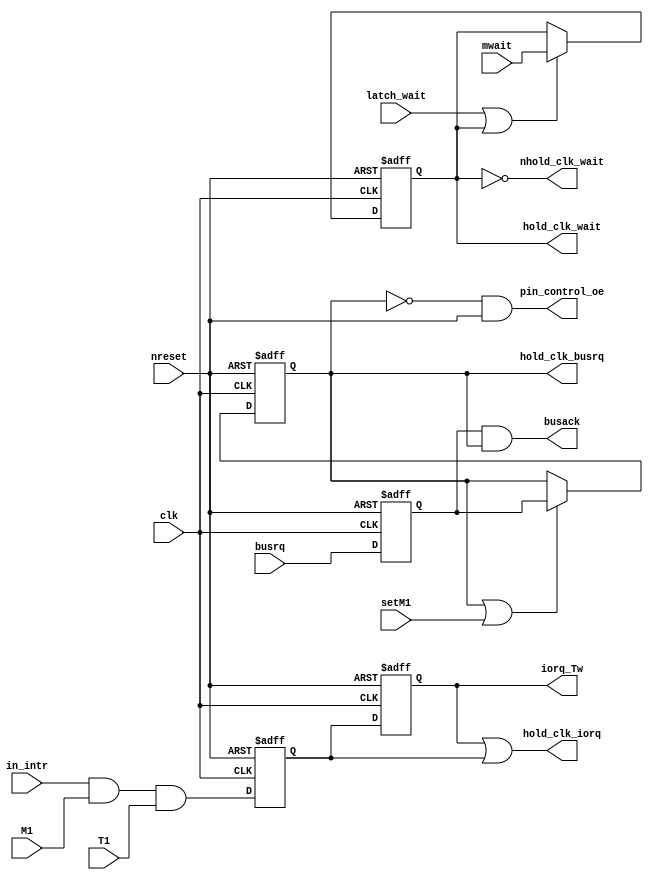
// This program was cloned from: https://github.com/ManuFerHi/N-GO
// License: GNU General Public License v3.0

// Copyright (C) 1991-2013 Altera Corporation
// Your use of Altera Corporation's design tools, logic functions 
// and other software and tools, and its AMPP partner logic 
// functions, and any output files from any of the foregoing 
// (including device programming or simulation files), and any 
// associated documentation or information are expressly subject 
// to the terms and conditions of the Altera Program License 
// Subscription Agreement, Altera MegaCore Function License 
// Agreement, or other applicable license agreement, including, 
// without limitation, that your use is for the sole purpose of 
// programming logic devices manufactured by Altera and sold by 
// Altera or its authorized distributors.  Please refer to the 
// applicable agreement for further details.

// PROGRAM		"Quartus II 64-Bit"
// VERSION		"Version 13.0.1 Build 232 06/12/2013 Service Pack 1 SJ Web Edition"
// CREATED		"Sat Dec 10 08:59:31 2016"

module clk_delay(
	clk,
	in_intr,
	nreset,
	T1,
	latch_wait,
	mwait,
	M1,
	busrq,
	setM1,
	hold_clk_iorq,
	hold_clk_wait,
	iorq_Tw,
	busack,
	pin_control_oe,
	hold_clk_busrq,
	nhold_clk_wait
);


input wire	clk;
input wire	in_intr;
input wire	nreset;
input wire	T1;
input wire	latch_wait;
input wire	mwait;
input wire	M1;
input wire	busrq;
input wire	setM1;
output wire	hold_clk_iorq;
output wire	hold_clk_wait;
output wire	iorq_Tw;
output wire	busack;
output wire	pin_control_oe;
output wire	hold_clk_busrq;
output wire	nhold_clk_wait;

reg	hold_clk_busrq_ALTERA_SYNTHESIZED;
wire	SYNTHESIZED_WIRE_6;
wire	SYNTHESIZED_WIRE_1;
reg	DFF_inst5;
reg	SYNTHESIZED_WIRE_7;
reg	SYNTHESIZED_WIRE_8;
wire	SYNTHESIZED_WIRE_3;
wire	SYNTHESIZED_WIRE_4;
wire	SYNTHESIZED_WIRE_5;
reg	SYNTHESIZED_WIRE_9;

assign	hold_clk_wait = SYNTHESIZED_WIRE_9;
assign	iorq_Tw = DFF_inst5;




always@(posedge SYNTHESIZED_WIRE_6 or negedge nreset)
begin
if (!nreset)
	begin
	SYNTHESIZED_WIRE_9 <= 0;
	end
else
if (SYNTHESIZED_WIRE_1)
	begin
	SYNTHESIZED_WIRE_9 <= mwait;
	end
end


always@(posedge SYNTHESIZED_WIRE_6 or negedge nreset)
begin
if (!nreset)
	begin
	SYNTHESIZED_WIRE_8 <= 0;
	end
else
	begin
	SYNTHESIZED_WIRE_8 <= busrq;
	end
end

assign	hold_clk_iorq = DFF_inst5 | SYNTHESIZED_WIRE_7;

assign	busack = SYNTHESIZED_WIRE_8 & hold_clk_busrq_ALTERA_SYNTHESIZED;

assign	pin_control_oe = SYNTHESIZED_WIRE_3 & nreset;

assign	SYNTHESIZED_WIRE_5 = hold_clk_busrq_ALTERA_SYNTHESIZED | setM1;

assign	SYNTHESIZED_WIRE_3 =  ~hold_clk_busrq_ALTERA_SYNTHESIZED;


always@(posedge clk or negedge nreset)
begin
if (!nreset)
	begin
	SYNTHESIZED_WIRE_7 <= 0;
	end
else
	begin
	SYNTHESIZED_WIRE_7 <= SYNTHESIZED_WIRE_4;
	end
end


always@(posedge clk or negedge nreset)
begin
if (!nreset)
	begin
	hold_clk_busrq_ALTERA_SYNTHESIZED <= 0;
	end
else
if (SYNTHESIZED_WIRE_5)
	begin
	hold_clk_busrq_ALTERA_SYNTHESIZED <= SYNTHESIZED_WIRE_8;
	end
end


always@(posedge clk or negedge nreset)
begin
if (!nreset)
	begin
	DFF_inst5 <= 0;
	end
else
	begin
	DFF_inst5 <= SYNTHESIZED_WIRE_7;
	end
end

assign	SYNTHESIZED_WIRE_4 = in_intr & M1 & T1;

assign	SYNTHESIZED_WIRE_1 = latch_wait | SYNTHESIZED_WIRE_9;

assign	nhold_clk_wait =  ~SYNTHESIZED_WIRE_9;

assign	SYNTHESIZED_WIRE_6 =  ~clk;

assign	hold_clk_busrq = hold_clk_busrq_ALTERA_SYNTHESIZED;

endmodule